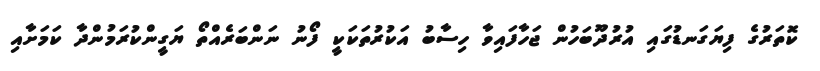
ކޮތަރުގެ ފިޔަގަނޑުގައި އުރުދޫބަހުން ޖަހާފައިވާ ހިސާބު އަކުރުތަކަކީ ފޯނު ނަންބަރެއްތޯ ޔަގީންކުރަމުންދާ ކަމަށާއި